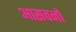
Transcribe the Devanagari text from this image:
आसवनों